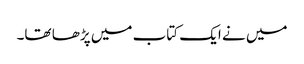
میں نے ایک کتاب میں پڑھا تھا۔